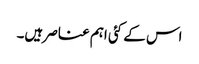
اس کے کئی اہم عناصر ہیں۔